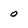
Character: 0